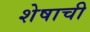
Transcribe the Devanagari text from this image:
शेषाची